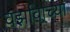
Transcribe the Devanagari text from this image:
वर्झावाच्या